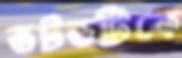
ভটভটিকে